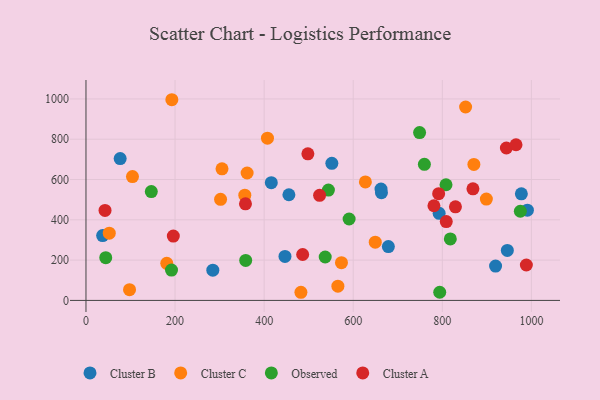
{"axis": {"x": "Price", "y": "Salary"}, "legend": ["Cluster A", "Cluster B", "Cluster C", "Observed"], "data": [{"x": "663.4", "y": 534.7, "type": "Cluster B"}, {"x": "37.4", "y": 321.9, "type": "Cluster B"}, {"x": "946.0", "y": 248.3, "type": "Cluster B"}, {"x": "552.0", "y": 680.3, "type": "Cluster B"}, {"x": "446.8", "y": 218.4, "type": "Cluster B"}, {"x": "792.9", "y": 432.1, "type": "Cluster B"}, {"x": "416.1", "y": 584.5, "type": "Cluster B"}, {"x": "284.8", "y": 150.3, "type": "Cluster B"}, {"x": "991.0", "y": 448.1, "type": "Cluster B"}, {"x": "678.9", "y": 267.2, "type": "Cluster B"}, {"x": "662.4", "y": 552.8, "type": "Cluster B"}, {"x": "977.5", "y": 529.1, "type": "Cluster B"}, {"x": "76.8", "y": 704.2, "type": "Cluster B"}, {"x": "919.6", "y": 170.6, "type": "Cluster B"}, {"x": "455.6", "y": 524.5, "type": "Cluster B"}, {"x": "52.3", "y": 333.9, "type": "Cluster C"}, {"x": "565.6", "y": 70.7, "type": "Cluster C"}, {"x": "852.3", "y": 960.1, "type": "Cluster C"}, {"x": "870.9", "y": 675.1, "type": "Cluster C"}, {"x": "361.8", "y": 632.3, "type": "Cluster C"}, {"x": "407.5", "y": 805.5, "type": "Cluster C"}, {"x": "573.6", "y": 187.1, "type": "Cluster C"}, {"x": "898.9", "y": 502.9, "type": "Cluster C"}, {"x": "356.6", "y": 522.2, "type": "Cluster C"}, {"x": "482.6", "y": 40.4, "type": "Cluster C"}, {"x": "649.5", "y": 289.0, "type": "Cluster C"}, {"x": "305.4", "y": 652.9, "type": "Cluster C"}, {"x": "302.2", "y": 501.6, "type": "Cluster C"}, {"x": "627.3", "y": 588.3, "type": "Cluster C"}, {"x": "104.4", "y": 614.8, "type": "Cluster C"}, {"x": "181.4", "y": 184.0, "type": "Cluster C"}, {"x": "192.8", "y": 996.1, "type": "Cluster C"}, {"x": "97.8", "y": 53.1, "type": "Cluster C"}, {"x": "818.0", "y": 305.1, "type": "Observed"}, {"x": "192.0", "y": 150.4, "type": "Observed"}, {"x": "975.2", "y": 442.6, "type": "Observed"}, {"x": "808.3", "y": 574.2, "type": "Observed"}, {"x": "590.8", "y": 404.1, "type": "Observed"}, {"x": "358.6", "y": 198.5, "type": "Observed"}, {"x": "44.4", "y": 212.0, "type": "Observed"}, {"x": "759.8", "y": 675.7, "type": "Observed"}, {"x": "146.7", "y": 540.2, "type": "Observed"}, {"x": "537.1", "y": 215.5, "type": "Observed"}, {"x": "749.0", "y": 833.3, "type": "Observed"}, {"x": "544.3", "y": 547.5, "type": "Observed"}, {"x": "794.2", "y": 40.6, "type": "Observed"}, {"x": "988.7", "y": 175.7, "type": "Cluster A"}, {"x": "808.9", "y": 391.2, "type": "Cluster A"}, {"x": "829.5", "y": 464.7, "type": "Cluster A"}, {"x": "498.2", "y": 727.6, "type": "Cluster A"}, {"x": "943.9", "y": 756.5, "type": "Cluster A"}, {"x": "486.5", "y": 227.9, "type": "Cluster A"}, {"x": "791.8", "y": 529.7, "type": "Cluster A"}, {"x": "196.1", "y": 319.5, "type": "Cluster A"}, {"x": "868.8", "y": 553.8, "type": "Cluster A"}, {"x": "358.1", "y": 479.5, "type": "Cluster A"}, {"x": "965.5", "y": 772.7, "type": "Cluster A"}, {"x": "42.8", "y": 446.9, "type": "Cluster A"}, {"x": "524.5", "y": 521.7, "type": "Cluster A"}, {"x": "781.2", "y": 469.8, "type": "Cluster A"}]}